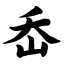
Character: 岙